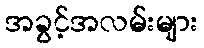
အခွင့်အလမ်းများ